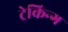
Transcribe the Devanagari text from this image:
ट्रेकिन्ग